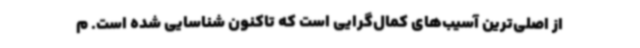
از اصلی‌ترین آسیب‌های کمال‌گرایی است که تاکنون شناسایی شده است. م